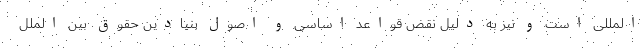
المللی است و نیز به دلیل نقض قواعد اساسی و اصول بنیادین حقوق بین الملل